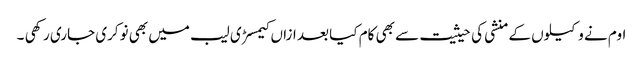
اوم نے وکیلوں کے منشی کی حیثیت سے بھی کام کیا بعد ازاں کیمسڑی لیب میں بھی نوکری جاری رکھی ۔